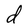
Character: d